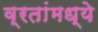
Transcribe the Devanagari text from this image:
व्रतांमध्ये